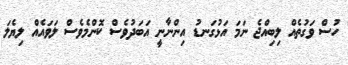
ހުސް ވަގުތެއް ލިބިއްޖެ ނަމަ އަޅުގަނޑު އިންނާނީ އަބަދުވެސް ކޮންމެވެސް ލަވައެއް ލިޔެލަ